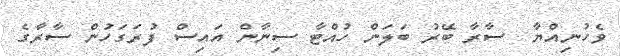
ވެހުނިއްޔާ  ސާރާ ބޭރު ބަލަން ހުއްޓާ ސިނާން އައިސް ފުރަގަހުން ސާރާގެ